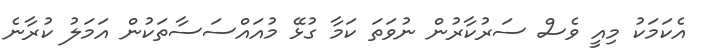
އެކަމަކު މިއީ ވެސް ސަރުކާރުން ނުވަތަ ކަމާ ގުޅޭ މުއައްސަސާތަކުން އަމަލު ކުރާނެ